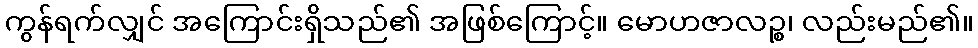
ကွန်ရက်လျှင် အကြောင်းရှိသည်၏ အဖြစ်ကြောင့်။ မောဟဇာလဉ္စ၊ လည်းမည်၏။